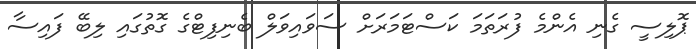
ޕޮލިސީ ގެނި އެންމެ ފުރަތަމަ ކަސްޓަމަރަށް ސަވައިވަލް ބެނިފިޓްގެ ގޮތުގައި ލިބޭ ފައިސާ